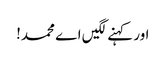
اور کہنے لگیں اے محمد!